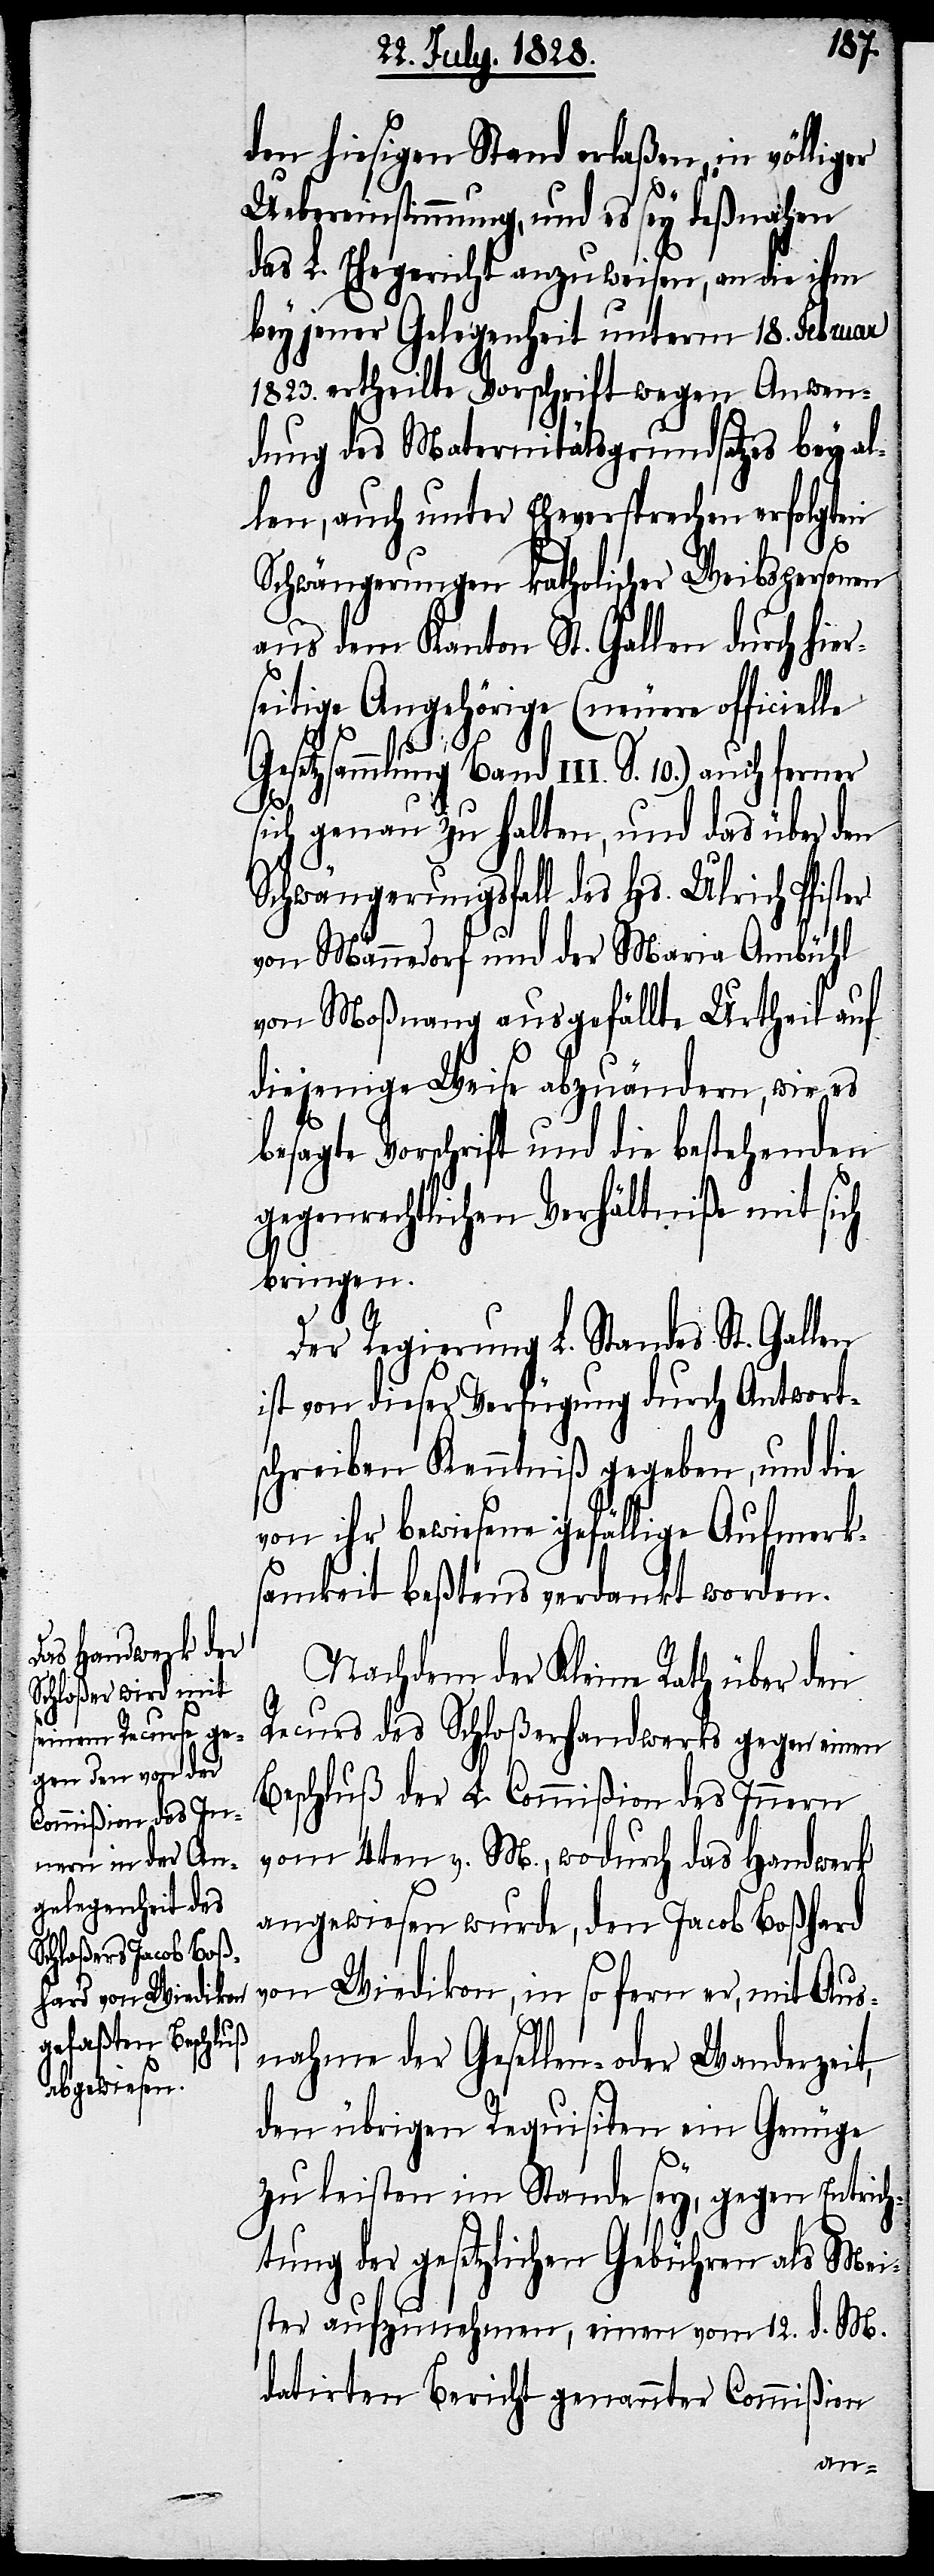
den hiesigen Stand erlaßen, in völliger
Uebereinstimmung, und es sey deßnahen
das L. Ehegericht anzuweisen, an die ihm
bey jener Gelegenheit unterm 18. Februar
1823. ertheilte Vorschrift wegen Anwen¬
dung des Maternitätsgrundsatzes bey al¬
len, auch unter Eheversprechen erfolgten
Schwängerungen katholischer Weibspersonen
aus dem Kanton St. Gallen durch hier¬
seitige Angehörige (neuere officielle
Gesetzsammlung Band III. S. 10.) auch ferner
sich genau zu halten, und das über den
Schwängerungsfall des Hs. Ulrich Pfister
von Männedorf und der Maria Ambühl
von Moßnang ausgefällte Urtheil auf
diejenige Weise abzuändern, wie es
besagte Vorschrift und die bestehenden
gegenrechtlichen Verhältniße mit sich
bringen.
Der Regierung L. Standes St. Gallen
ist von dieser Verfügung durch Antwort¬
schreiben Kenntniß gegeben, und die
von ihr bewiesene gefällige Aufmerk¬
samkeit beßtens verdankt worden.
Nachdem der Kleine Rath über den
Recurs des Schloßerhandwerks gegen einen
Beschluß der L. Commißion des Innern
vom 4ten v. M., wodurch das Handwerk
angewiesen wurde, den Jacob Boßhard
von Wiedikon, in so fern er, mit Aus¬
nahme der Gesellen- oder Wanderzeit,
den übrigen Requisiten ein Genüge
zu leisten im Stande sey, gegen Entrich¬
tung der gesetzlichen Gebühren als Mei¬
ster aufzunehmen, einen vom 12. d. M.
datirten Bericht genannter Commißion